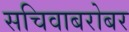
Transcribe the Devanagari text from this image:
सचिवाबरोबर